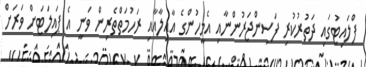
ފްލައިޓުގައި ދަތުރުކުރި ފަސިންޖަރުންނާއި އެމީހުންގެ އާއިލާއާއި ރަހުމަތްތެރިން ވަނީ އެ ޕައިލަޓަށް ވަރަށް